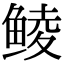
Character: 鲮